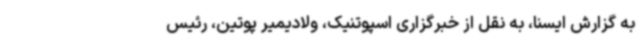
به گزارش ایسنا، به نقل از خبرگزاری اسپوتنیک، ولادیمیر پوتین، رئیس